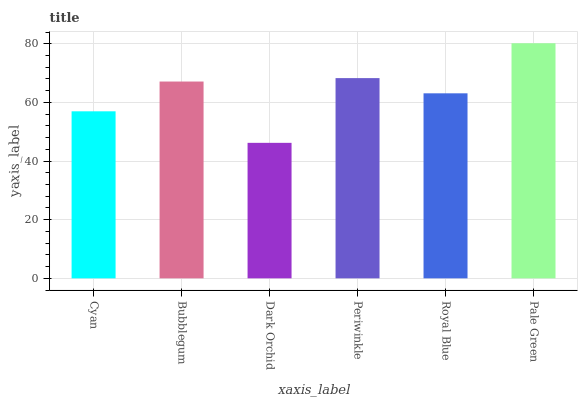
| xaxis_label | bars |
 | --- | --- |
 | Cyan | 57 |
 | Bubblegum | 67.1 |
 | Dark Orchid | 46.2 |
 | Periwinkle | 68.3 |
 | Royal Blue | 63.1 |
 | Pale Green | 80.2 |